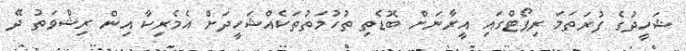
ޝަހީދުގެ ފުރަތަމަ ރިޕޯޓްގައި އީރާނަށް ބޮޑެތި ތުހުމަތުތަކެއްޝަހީދަށް އެމެރިކާ އިން ރިޝްވަތު ދޭ